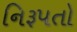
નિરૂપતો